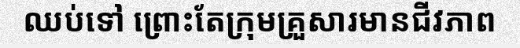
ឈប់ទៅ ព្រោះតែក្រុមគ្រួសារមានជីវភាព